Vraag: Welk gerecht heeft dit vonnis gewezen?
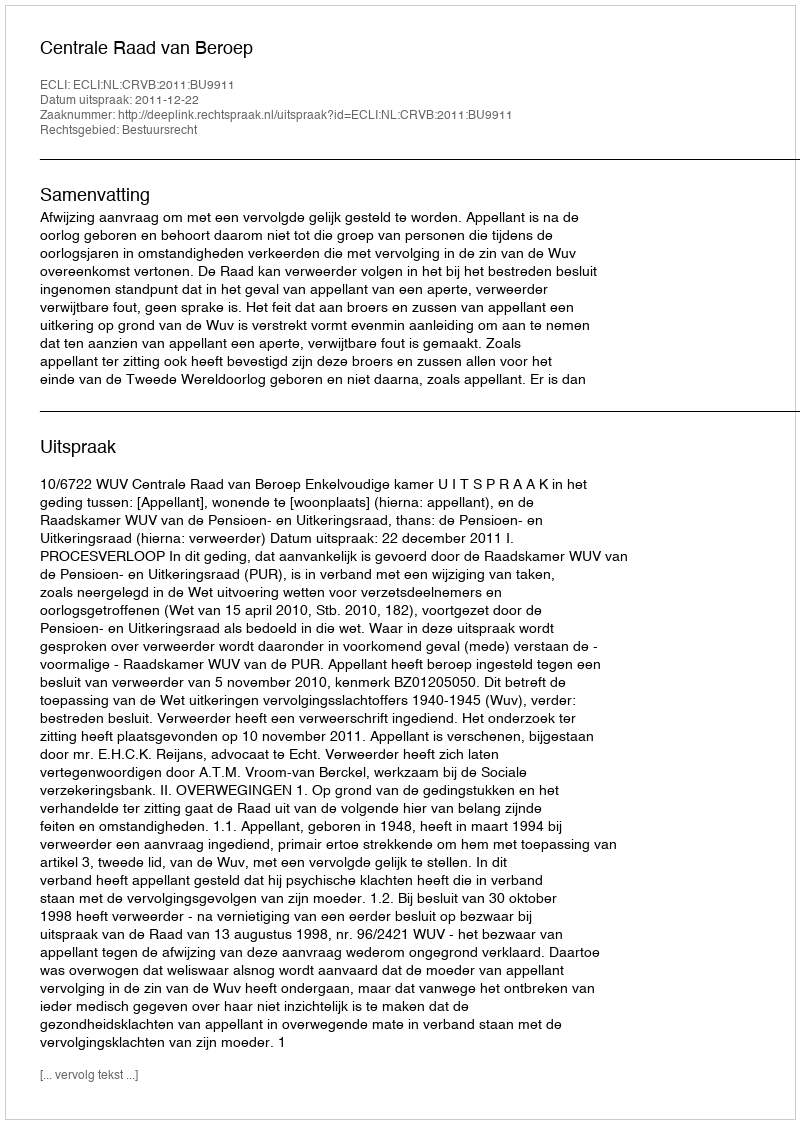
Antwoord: Centrale Raad van Beroep